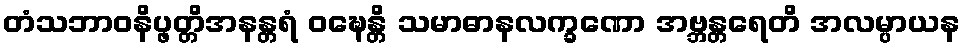
တံသဘာဝနိပ္ဖတ္တိအနန္တရံ ဝဍ္ဎေန္တိ သမာဓာနလက္ခဏော အဗ္ဘန္တရေတိ အလမ္ပာယန